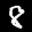
Label: 8